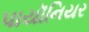
પાયૉનિયર